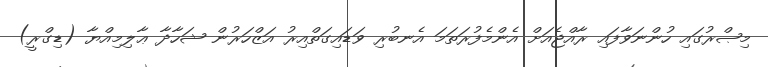
މިޞްރުގައި ހުންނަވާފައި ރާއްޖެއަށް އެންމެފުރަތަމަ އެނބުރި ވަޑައިގަތްއިރު އަޒްހަރުން ޝަހާދާ ޢާލިމިއްޔާ (ޑިގްރީ)